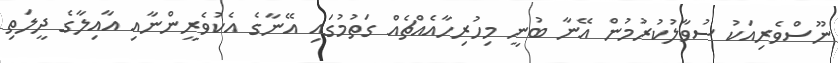
ނޫސްވެރިއަކު ސުވާލުކުރުމުން އޭނާ ބުނީ މިހުރިހާއެއްޗެއް ގަތުމުގައި އޭނާގެ އެކުވެރީންނާއި އާއިލާގެ ދީލަތި